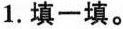
1.填一填。